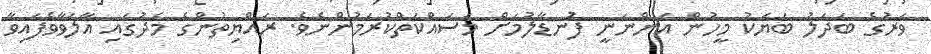
ވަރުގެ ބަދަލު ބަޔަކު މީހުން އަންނަނީ ފުނޑާލުމަށް މަސައްކަތްކުރަމުންނެވެ. ރައްޔިތުންގެ މެދުގައި އާލަވާވެފައިވާ